Problem: 9 × 6 = ?
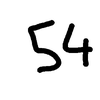
Handwritten answer: 54